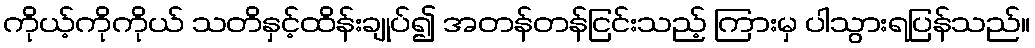
ကိုယ့်ကိုကိုယ် သတိနှင့်ထိန်းချုပ်၍ အတန်တန်ငြင်းသည့် ကြားမှ ပါသွားရပြန်သည်။